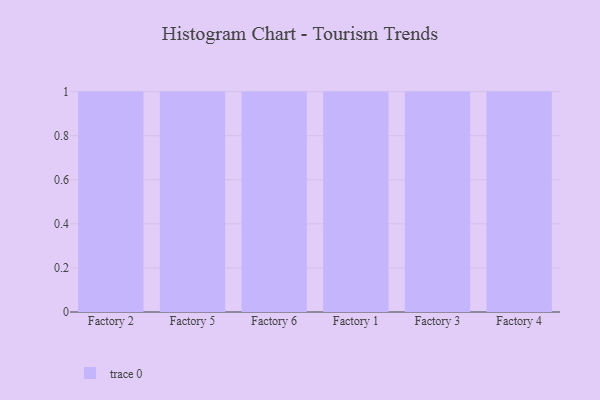
{"axis": {"x": "Factory", "y": "Headcount"}, "legend": [""], "data": [{"x": "Factory 2", "y": 69, "type": ""}, {"x": "Factory 5", "y": 55, "type": ""}, {"x": "Factory 6", "y": 1, "type": ""}, {"x": "Factory 1", "y": 90, "type": ""}, {"x": "Factory 3", "y": 62, "type": ""}, {"x": "Factory 4", "y": 48, "type": ""}]}